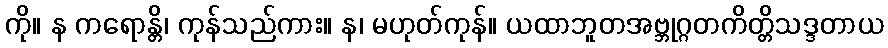
ကို။ န ကရောန္တိ၊ ကုန်သည်ကား။ န၊ မဟုတ်ကုန်။ ယထာဘူတအဗ္ဘုဂ္ဂတကိတ္တိသဒ္ဒတာယ